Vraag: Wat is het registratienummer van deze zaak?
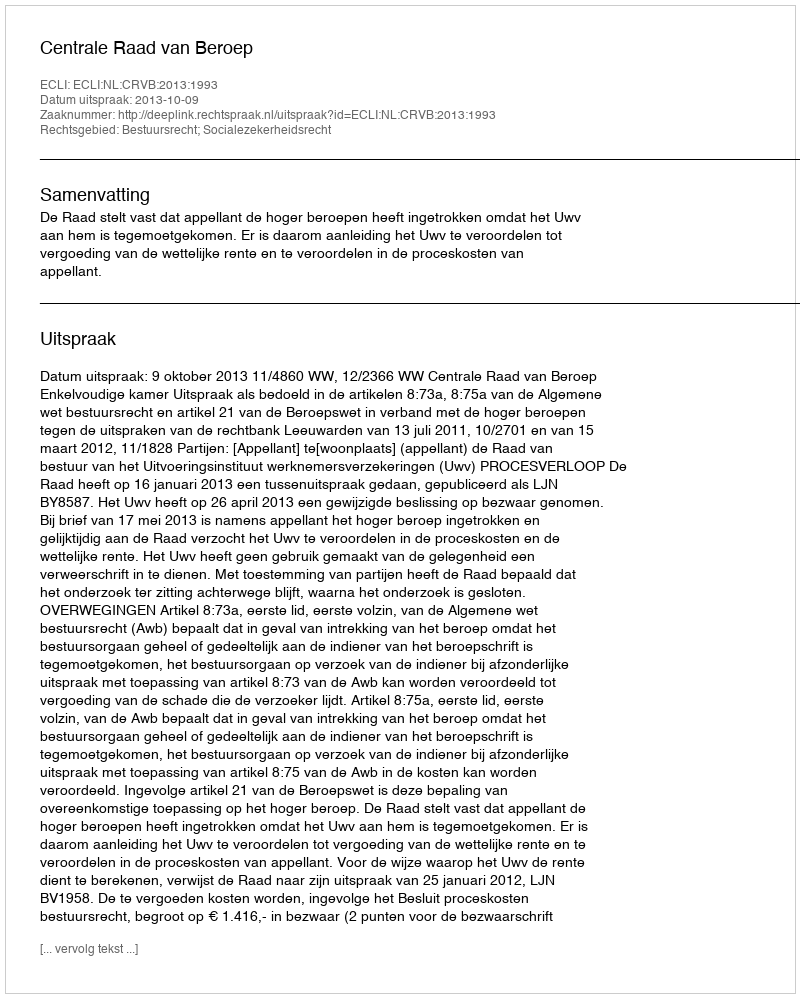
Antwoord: http://deeplink.rechtspraak.nl/uitspraak?id=ECLI:NL:CRVB:2013:1993